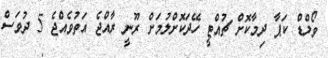
ވޯލްޑް ކަޕާ ދިމާކޮށް ޗުއްޓީ ހޭދަކޮށްލުމަށް ރޫނީ ރާއްޖެ އަތުވެއްޖެ 5 ދުވަސް